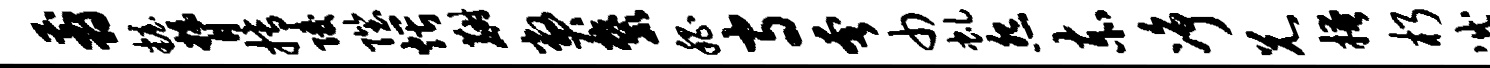
翦妆膂搏陵陛煨麝弊麓嵇守奢巾虬怨赤净兄掩朽灭